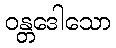
ဝန္တဒေါသော